Lunatic asylums Central Provinces reports 1895-1909 - 1895-1909
Year: 1895
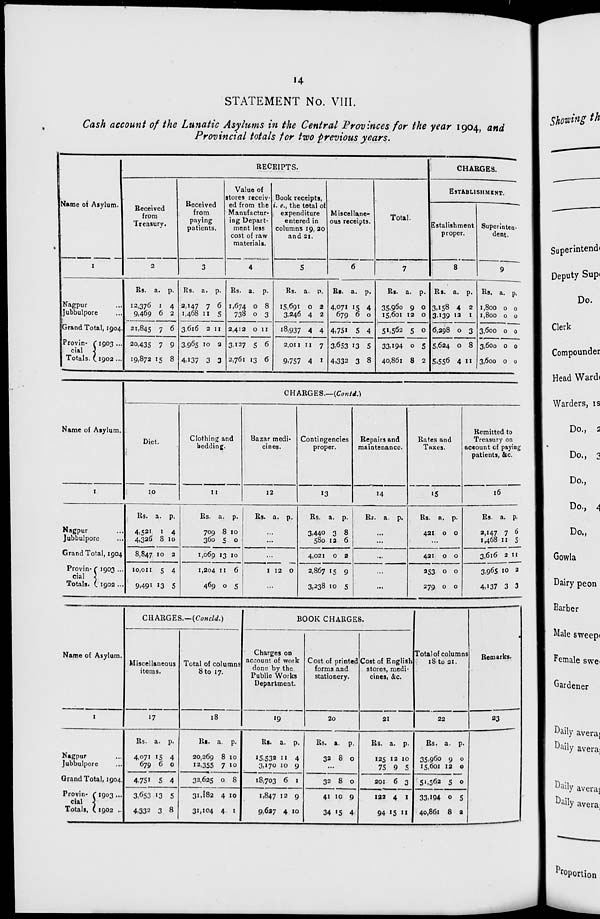
14
STATEMENT No. VIII.
Cash account of the Lunatic Asylums in the Central Provinces for the year 1904, and
Provincial totals for two previous years.
Name of Asylum.
1
Nagpur ...
Jubbulpore ...
Grand Total, 1904.
Provin-
cial
Totals.
1903 ...
1902 ...
RECEIPTS.
Received
from
Treasury.
2
Rs.
12,376
9,469
21,845
20,435
19,872
a.
1
6
7
7
15
p.
4
2
6
9
8
Received
from
paying
patients.
3
Rs.
2,147
1,468
3,616
3,965
4,137
a.
7
11
2
10
3
p.
6
5
11
2
3
Value of
stores receiv-
ed from the
Manufactur-
ing Depart-
ment less
cost of raw
materials.
4
Rs.
1,674
738
2,412
3,127
2,761
a.
0
0
0
5
13
p.
8
3
11
6
6
Book receipts,
i.e., the total of
expenditure
entered in
columns 19, 20
and 21.
5
Rs.
15,691
3,246
18,937
2,011
9,757
a.
0
4
4
11
4
p.
2
2
4
7
1
Miscellane-
ous receipts.
6
Rs.
4,071
679
4,751
3,653
4,332
a.
15
6
5
13
3
p.
4
0
4
5
8
Total.
7
Rs.
35,960
15,601
51,562
33,194
40,861
a.
9
12
5
0
8
p.
0
0
0
5
2
CHARGES.
ESTABLISHMENT.
Estalishment
proper.
8
Rs.
3,158
3,139
6,298
5,624
5,556
a.
4
12
0
0
4
p.
2
1
3
8
11
Superinten-
dent.
9
Rs.
1,800
1, 800
3,600
3,600
3,600
a.
0
0
0
0
0
p.
0
0
0
0
0
Name of Asylum.
1
Nagpur ...
Jubbulpore ...
Grand Total, 1904.
Provin-
cial
Totals.
1903 ...
1902 ...
CHARGES.—(Contd.)
Diet.
10
Rs.
4,521
4,326
8,847
10,011
9,491
a.
1
8
10
5
13
p.
4
10
2
4
5
Clothing and
bedding.
11
Rs.
709
360
1,069
1,204
469
a.
8
5
13
11
0
p.
10
0
10
6
5
Bazar medi-
cines.
12
Rs. a. p.
...
...
...
1 12
0
...
Contingencies
proper.
13
Rs.
3,440
580
4,021
2,867
3,238
a.
3
12
0
15
10
p.
8
6
2
9
5
Repairs and
maintenance.
14
Rs. a. p.
...
...
...
...
...
Rates and
Taxes.
15
Rs.
421
a.
0
p.
0
...
421
253
279
0
0
0
0
0
0
Remitted to
Treasury on
account of paying
patients, &c.
16
Rs.
2,147
1,468
3,616
3,965
4,137
a.
7
11
2
10
3
p.
6
5
11
2
3
Name of Asylum.
1
Nagpur ...
Jubbulpore ...
Grand Total, 1904.
Provin-
cial
Totals.
1903 ...
1902 ..
CHARGES.—(Concld.)
Miscellaneous
items.
17
Rs.
4,071
679
4,751
3,653
4,332
a.
15
6
5
13
3
p.
4
0
4
5
8
Total of columns
8 to 17.
18
Rs.
20,269
12,355
32,625
31,182
31,104
a.
8
7
0
4
4
p.
10
10
8
10
1
BOOK CHARGES.
Charges on
account of work
done by the
Public Works
Department.
19
Rs.
15,532
3,170
18,703
1,847
9,627
a.
11
10
6
12
4
p.
4
9
1
9
10
Cost of printed
forms and
stationery.
20
Rs.
32
a.
8
p.
0
...
32
41
34
8
10
15
0
9
4
Cost of English
stores, medi-
cines, &c.
21
Rs.
125
75
201
122
94
a.
12
9
6
4
15
p.
10
5
3
1
11
Total of columns
18 to 21.
22
Rs.
35,960
15,601
51,562
33,194
40,861
a.
9
12
5
0
8
p.
0
0
0
5
2
Remarks.
23